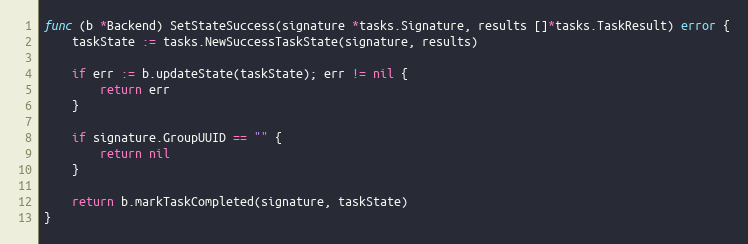
Language: Go
func (b *Backend) SetStateSuccess(signature *tasks.Signature, results []*tasks.TaskResult) error {
	taskState := tasks.NewSuccessTaskState(signature, results)

	if err := b.updateState(taskState); err != nil {
		return err
	}

	if signature.GroupUUID == "" {
		return nil
	}

	return b.markTaskCompleted(signature, taskState)
}